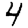
Digit: 4